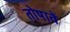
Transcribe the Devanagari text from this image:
तोषावें